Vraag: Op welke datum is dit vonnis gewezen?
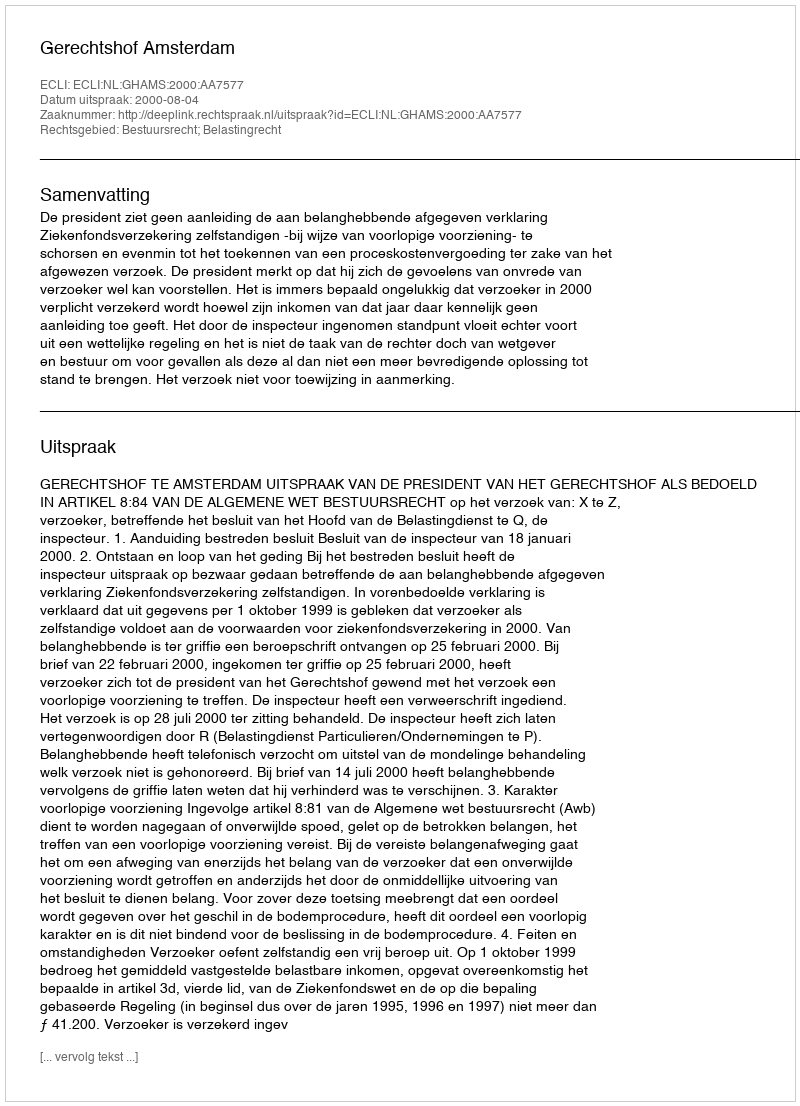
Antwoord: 2000-08-04